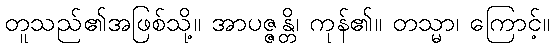
တူသည်၏အဖြစ်သို့။ အာပဇ္ဇန္တိ၊ ကုန်၏။ တသ္မာ၊ ကြောင့်။